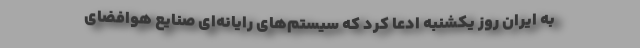
به ایران روز یکشنبه ادعا کرد که سیستم‌های رایانه‌ای صنایع هوافضای